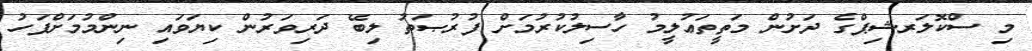
މި ސްކޮލަރޝިޕްގެ ދަށުން މަތީތަޢުލީމު ހާސިލުކުރުމަށް ފުރުޞަތު ލިބޭ ދަރިވަރުން ކިޔަވައި ނިންމުމަށްފަހު